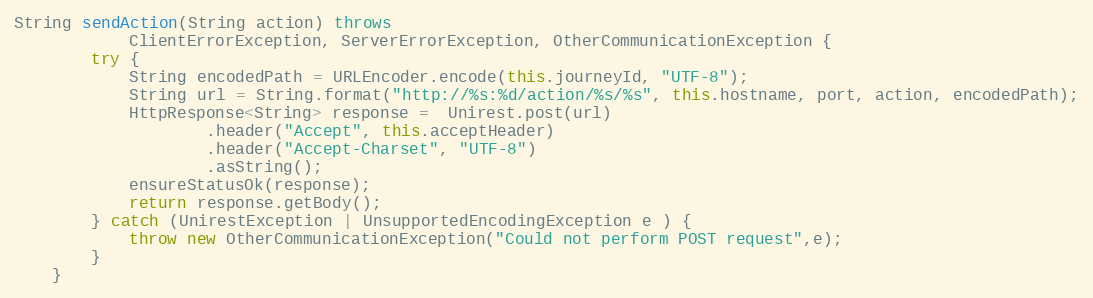
Language: Java
String sendAction(String action) throws
            ClientErrorException, ServerErrorException, OtherCommunicationException {
        try {
            String encodedPath = URLEncoder.encode(this.journeyId, "UTF-8");
            String url = String.format("http://%s:%d/action/%s/%s", this.hostname, port, action, encodedPath);
            HttpResponse<String> response =  Unirest.post(url)
                    .header("Accept", this.acceptHeader)
                    .header("Accept-Charset", "UTF-8")
                    .asString();
            ensureStatusOk(response);
            return response.getBody();
        } catch (UnirestException | UnsupportedEncodingException e ) {
            throw new OtherCommunicationException("Could not perform POST request",e);
        }
    }